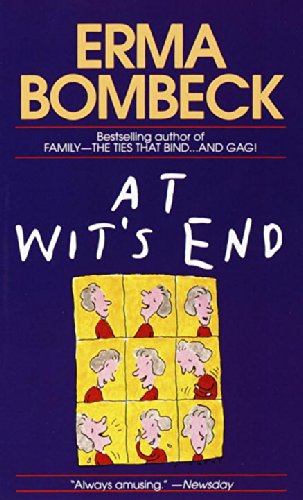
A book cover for At Wit's End; Erma Bombeck; Humor & Entertainment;